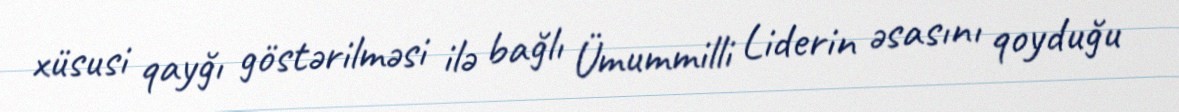
xüsusi qayğı göstərilməsi ilə bağlı Ümummilli Liderin əsasını qoyduğu